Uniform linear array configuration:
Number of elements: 12
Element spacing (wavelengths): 0.5
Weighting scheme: hann
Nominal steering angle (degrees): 45
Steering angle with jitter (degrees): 43.595
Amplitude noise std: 0.05
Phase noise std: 0.05

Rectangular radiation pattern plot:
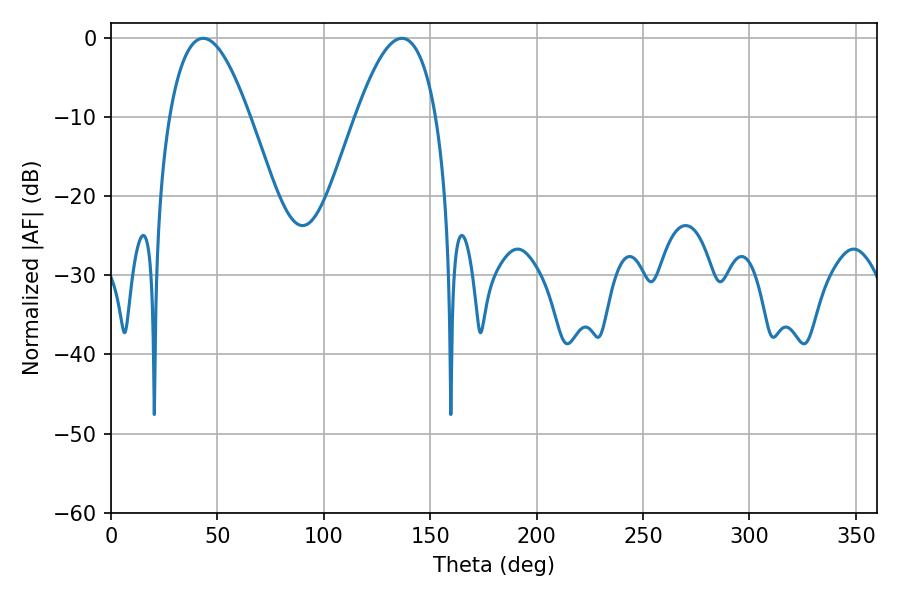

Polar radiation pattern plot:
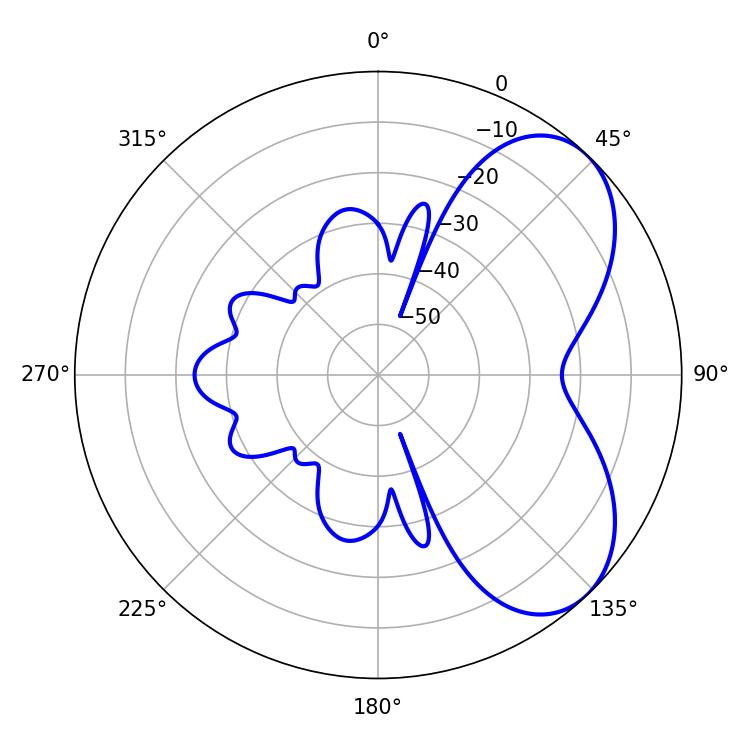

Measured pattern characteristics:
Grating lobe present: FALSE
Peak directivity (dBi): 5.643
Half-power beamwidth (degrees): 20.7
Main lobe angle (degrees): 43.38